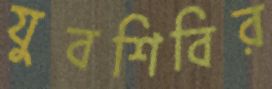
যুবশিবির